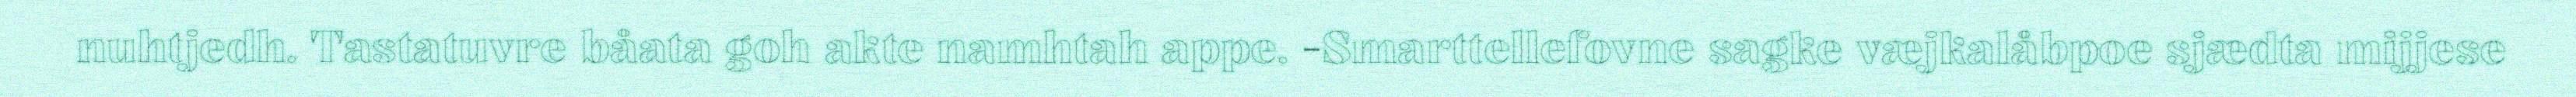
nuhtjedh. Tastatuvre båata goh akte namhtah appe. -Smarttellefovne sagke væjkalåbpoe sjædta mijjese